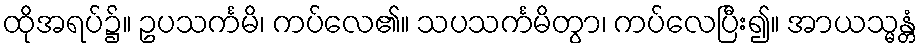
ထိုအရပ်၌။ ဥပသင်္ကမိ၊ ကပ်လေ၏။ သပသင်္ကမိတွာ၊ ကပ်လေပြီး၍။ အာယသ္မန္တံ